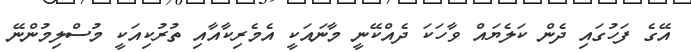
އޭގެ ފަހުގައި ދެން ކަލެޔައް ވާހަކަ ދެއްކޭނީ މާނައަކީ އެމެރިކާއާއި ތުރުކިއަކީ މުސްލިމުންނޭ